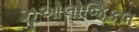
ઝૂઓલોજિકલ